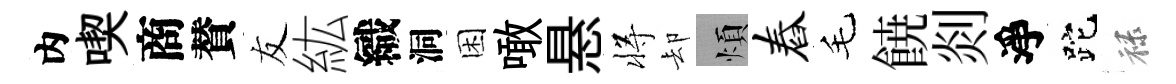
内喫商賛友紘織洞困噉悬将却煩舂毛𩜙剡淨跎禄